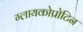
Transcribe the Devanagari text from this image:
ग्लायकोप्रोटिन